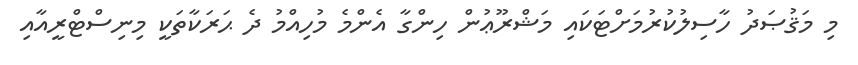
މި މަޤުޞަދު ހާސިލުކުރުމަށްޓަކައި މަޝްރޫޢުން ހިންގާ އެންމެ މުހިއްމު ދެ ޙަރަކާތަކީ މިނިސްޓްރީއާއި